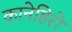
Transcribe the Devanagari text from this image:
कानेहिरो